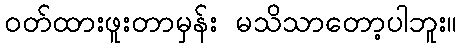
ဝတ်ထားဖူးတာမှန်း မသိသာတော့ပါဘူး။